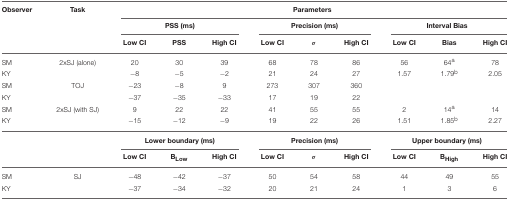
<table><thead><tr><td><b>Observer</b></td><td><b>Task</b></td><td colspan="9"><b>Parameters</b></td></tr><tr><td></td><td></td><td colspan="3"><b>PSS (ms)</b></td><td colspan="3"><b>Precision (ms)</b></td><td colspan="3"><b>Interval Bias</b></td></tr><tr><td></td><td></td><td><b>Low CI</b></td><td><b>PSS</b></td><td><b>High CI</b></td><td><b>Low CI</b></td><td><b>σ</b></td><td><b>High CI</b></td><td><b>Low CI</b></td><td><b>Bias</b></td><td><b>High CI</b></td></tr></thead><tbody><tr><td>SM</td><td>2xSJ (alone)</td><td>20</td><td>30</td><td>39</td><td>68</td><td>78</td><td>86</td><td>56</td><td>64<sup>a</sup></td><td>78</td></tr><tr><td>KY</td><td></td><td>−8</td><td>−5</td><td>−2</td><td>21</td><td>24</td><td>27</td><td>1.57</td><td>1.79<sup>b</sup></td><td>2.05</td></tr><tr><td>SM</td><td>TOJ</td><td>−23</td><td>−8</td><td>9</td><td>273</td><td>307</td><td>360</td><td></td><td></td><td></td></tr><tr><td>KY</td><td></td><td>−37</td><td>−35</td><td>−33</td><td>17</td><td>19</td><td>22</td><td></td><td></td><td></td></tr><tr><td>SM</td><td>2xSJ (with SJ)</td><td>9</td><td>22</td><td>22</td><td>41</td><td>55</td><td>55</td><td>2</td><td>14<sup>a</sup></td><td>14</td></tr><tr><td>KY</td><td></td><td>−15</td><td>−12</td><td>−9</td><td>19</td><td>22</td><td>26</td><td>1.51</td><td>1.85<sup>b</sup></td><td>2.27</td></tr><tr><td></td><td></td><td colspan="3"><b>Lower boundary (ms)</b></td><td colspan="3"><b>Precision (ms)</b></td><td colspan="3"><b>Upper boundary (ms)</b></td></tr><tr><td></td><td></td><td><b>Low CI</b></td><td><b>B<sub><i>Low</i></sub></b></td><td><b>High CI</b></td><td><b>Low CI</b></td><td><b>σ</b></td><td><b>High CI</b></td><td><b>Low CI</b></td><td><b>B<sub><i>High</i></sub></b></td><td><b>High CI</b></td></tr><tr><td>SM</td><td>SJ</td><td>−48</td><td>−42</td><td>−37</td><td>50</td><td>54</td><td>58</td><td>44</td><td>49</td><td>55</td></tr><tr><td>KY</td><td></td><td>−37</td><td>−34</td><td>−32</td><td>20</td><td>21</td><td>24</td><td>1</td><td>3</td><td>6</td></tr></tbody></table>